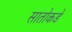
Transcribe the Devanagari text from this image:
सातोकडे